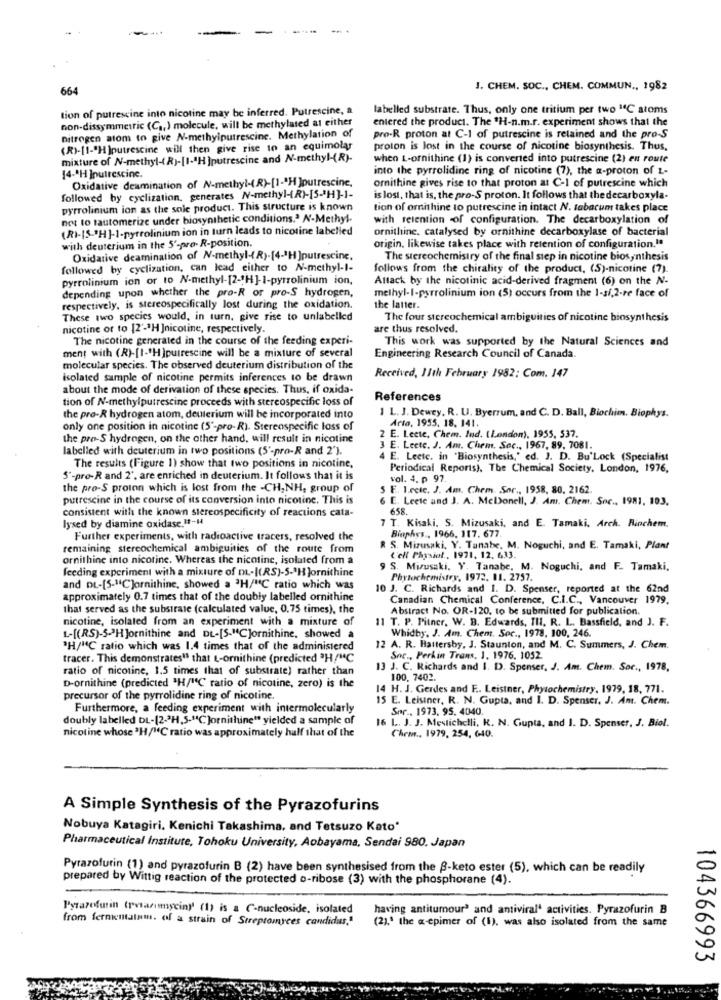
-.
664
J. CHEM. SOC ., CHEM. COMMUN ., 1982
tion of putrescine into nicotine may be inferred. Putrescine, a
labelled substrate. Thus, only one tritium per two "C atoms
non-dissymmetric (C ., ) molecule, will be methylated at either
entered the product. The "H-n.m.r. experiment shows that the
nitrogen atom to give N-methylputrescinc. Methylation of
pro-R proton at C-1 of putrescine is retained and the pro-S
(R)-[1-"H )putrescine will then give rise to an equimolar
proton is lost in the course of nicotine biosynthesis. Thus,
mixture of N-methyl-( R)-[1-4H ]putrescine and N-methyl-(R)-
when t-ornithine (1) is converted into putrescine (2) en route
into the pyrrolidine ring of nicotine (7), the a-proton of z-
[4 -* H ]nutrescine.
Oxidative deamination of N-methyl-( R)-[1 -* H ]outrescine,
ornithine gives rise to that proton at C-1 of putrescine which
followed by cyclization. generates N-methyl-(R)-[5-3H]-1-
is lost, that is, the pro-S proton. It follows that the decarboxyla-
pyrrolinium ion as the sole product. This structure is known
tion of omithine to putrescine in intact N. tabacum takes place
not to tautomerize under biosynthetic conditions.ª N-Methyl.
with retention -of configuration. The decarboxylation of
(RI-[S-"H]-1-pyrrolinium ion in turn leads to nicotine labelled
ornithinc. catalysed by ornithine decarboxylase of bacterial
with deuterium in the 5'-pro- R-position.
origin. likewise takes place with retention of configuration."
Oxidative deamination of N-methyl -< R)-[4-3H ]putrescine.
The stereochemistry of the final step in nicotine biosynthesis
followed by cyclization, can lead either to N-methyl-1-
follows from the chirality of the product, (S)-nicotine (7).
pyrrolinium ion or to N-methyl-[2-1H]-1-pyrrolinium ion,
Attack by the nicotinic acid-derived fragment (6) on the N-
methyl-I-pyrrolinium ion (5) occurs from the 1-si,2-re face of
depending upon whether the pro-R or pro-S hydrogen,
respectively. is stereospecifically lost during the oxidation.
the latter.
These two species would, in turn, give rise to unlabelled
The four stereochemical ambiguities of nicotine biosynthesis
nicotine or to [2"-"H ]nicotine, respectively.
are thus resolved.
The nicotine generated in the course of the feeding experi-
This work was supported by the Natural Sciences and
ment with (R)-[1 -* H]putrescine will be a mixture of several
Engineering Research Council of Canada.
molecular species. The observed deuterium distribution of the
isolated sample of nicotine permits inferences to be drawn
Received, 11th February 1982; Com. 147
about the mode of derivation of these species. Thus, if oxida-
tion of N-methylputrescine proceeds with stereospecific loss of
References
1 L. J. Dewey. R. U. Byerrum, and C. D. Ball, Biochim. Biophys.
the pro-R hydrogen atom, deuterium will be incorporated into
Arto, 1955. 18. 141.
only one position in nicotine (5"-pro-R). Stereospecific loss of
the pro-S hydrogen, on the other hand, will result in nicotine
2 E. Leetc, Chem. Ind. (London), 1955, 537.
labelled with deuterium in two positions (5'-pro-R and 2").
3 E. Leete. J. Am. Chem. Soc ., 1967, 89, 7081.
4 E. Leetc. in 'Biosynthesis,' ed. J. D. Bu'Lock (Specialist
The results (Figure 1) show that two positions in nicotine,
Periodical Reports), The Chemical Society, London, 1976,
S'-pro-R and 2", are enriched in deuterium. It follows that it is
vol. 4. p 97.
the pro-S proton which is lost from the -CH, NH, group of
5 E. I.retc. J. Am. Chem. Sor ., 1958, 80. 2162.
putrescine in the course of its conversion into nicotine. This is
6 E. Leete and J. A. McDonell, J. Am. Chem. Soc ., 1981, 103.
consistent with the known stereospecificity of reactions cata-
658.
lysed by diamine oxidase.11-H
7 T. Kisaki. S. Mizusaki, and E. Tamaki, Arch. Rinchem.
Biophys ., 1966, 117. 677
Further experiments, with radioactive tracers, resolved the
remaining stereochemical ambiguities of the route from
R S. Mizusaki, Y. Tanabe. M. Noguchi, and E. Tamaki, Plant
ornithine into nicotine. Whereas the nicotine, isolated from a
L'ell Physiol ., 1971, 12. 633.
feeding experiment with a mixture of DL-((RS)-5.ªHJornithinc
9 S. Mizusaki. Y. Tanabe, M. Noguchi, and F. Tamaki.
Phytochemistry, 1972. 11. 2757.
and DL-[5-"C]ornithine, showed a 'H/"C ratio which was
10 J. C. Richards and I. D. Spenser, reported at the 62nd
approximately 0.7 times that of the doubly labelled ornithine
Canadian Chemical Conference, C.I.C ., Vancouver 1979.
that served as the substrate (calculated value, 0,75 times), the
Abstract No. OR-120, to be submitted for publication.
nicotine, isolated from an experiment with a mixture of
11 T. P. Pitner, W. B. Edwards, III. R. L. Bassfield, and J. F.
Whidby. J. Am. Chem. Soc ., 1978, 100, 246.
L-[(RS)-5-3HJornithine and DE-[S-"C]ornithine, showed a
"H/MC ratio which was 1.4 times that of the administered
12 A. R. Hattersby, J. Staunton, and M. C. Summers, J. Chem.
tracer. This demonstrates1 that L-ornithine (predicted "H/"C
Soc ., Perkin Trans, 1, 1976. 1052.
ratio of nicotine, 1.5 times that of substrate) rather than
13 J. C. Richards and I. D. Spenser, J. Am. Chem. Soc ., 1978,
100. 7402.
D-ornithine (predicted "H/"C ratio of nicotine, zero) is the
14 H. J. Gerdes and F .. Leistner, Phytochemistry, 1979, 18, 771.
precursor of the pyrrolidine ring of nicotine.
15 E. Leisiner, R. N. Gupta, and I. D. Spenser. J. Ant. Chem.
Furthermore, a feeding experiment with intermolecularly
Spr ., 1973, 95, 4040.
doubly labelled DL-[2-3H,5-"C]ornithine" yielded a sample of
16 L. J. J. Mestichelli, K. N. Gupta, and I. D. Spenser, J. Biol.
nicotine whose 3H/"C ratio was approximately half that of the
Chem .. 1979, 254, 640.
A Simple Synthesis of the Pyrazofurins
Nobuya Katagiri. Kenichi Takashima, and Tetsuzo Kato'
Pharmaceutical Institute, Tohoku University, Aobayama, Sendai 980. Japan
Pyrazofurin (1) and pyrazofurin B (2) have been synthesised from the 8-keto ester (5), which can be readily
prepared by Wittig reaction of the protected o-ribose (3) with the phosphorane (4).
Pyrazofurin (rvtarımmyciny' (1) is a C-nucleoside, isolated
having antitumour? and antiviral' activities. Pyrazofurin B
from fermentalam. of a strain of Streptomyces candidus,"
(2),' the a-epimer of (1), was also isolated from the same
104366993